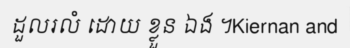
ដួលរលំ ដោយ ខ្លួន ឯង ។Kiernan and